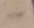
Text: -